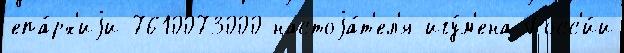
епа́рх'иjи 7610073000 настоjа́т'ел'я-игу́м'ена Росс'и́и